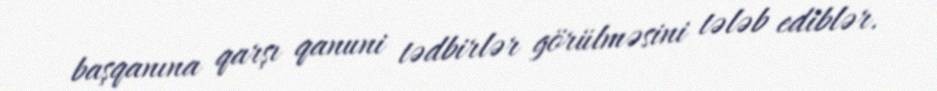
başqanına qarşı qanuni tədbirlər görülməsini tələb ediblər.